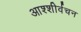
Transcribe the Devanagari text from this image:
आश्शीर्वचन